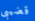
قضيبى